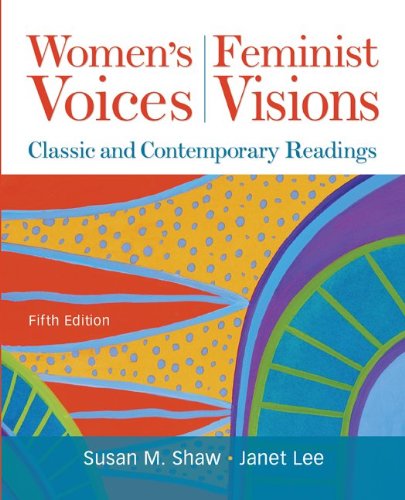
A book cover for Women's Voices, Feminist Visions: Classic and Contemporary Readings; Susan Shaw; Politics & Social Sciences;